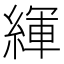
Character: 緷